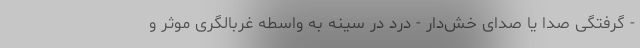
- گرفتگی صدا یا صدای خش‌دار - درد در سینه به واسطه غربالگری موثر و